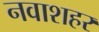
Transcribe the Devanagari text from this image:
नवाशहर